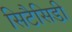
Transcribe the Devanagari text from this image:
सिटैसिडी